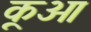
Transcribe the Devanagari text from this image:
कूओ